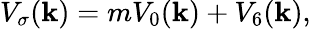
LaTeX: V_{\sigma}(\mathbf{k})=mV_{0}(\mathbf{k})+V_{6}(\mathbf{k}),